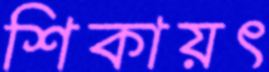
শিকায়ৎ